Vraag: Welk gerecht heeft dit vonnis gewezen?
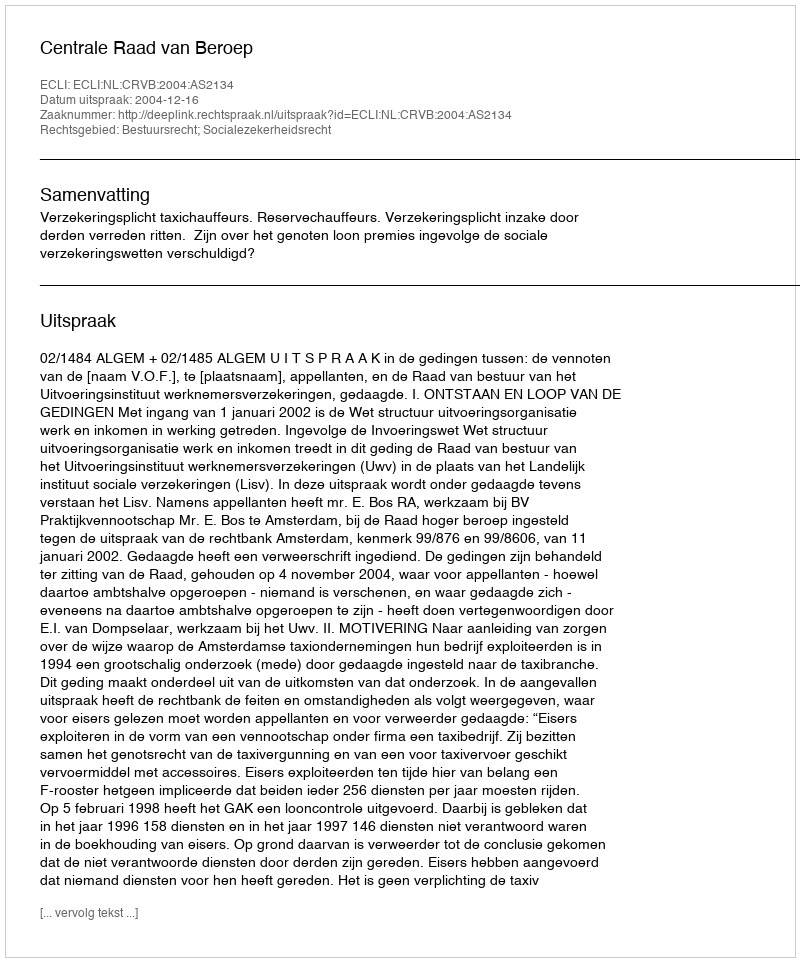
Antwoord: Centrale Raad van Beroep